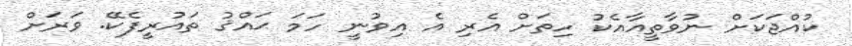
ކުއްޖަކަށް ނުވާތީއާއެކު ހިތަށް އެރި އެ އިވުނީ ހަމަ ޙައްޤު ތައުރީފެކޭ. ވަރަށް